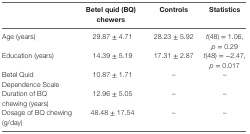
<table><thead><tr><td></td><td><b>Betel quid (BQ) chewers</b></td><td><b>Controls</b></td><td><b>Statistics</b></td></tr></thead><tbody><tr><td>Age (years)</td><td>29.87 ± 4.71</td><td>28.23 ± 5.92</td><td><i>t</i>(48) = 1.06, <i>p</i> = 0.29</td></tr><tr><td>Education (years)</td><td>14.39 ± 5.19</td><td>17.31 ± 2.87</td><td><i>t</i>(48) = −2.47, <i>p</i> = 0.017</td></tr><tr><td>Betel Quid Dependence Scale</td><td>10.87 ± 1.71</td><td>–</td><td>–</td></tr><tr><td>Duration of BQ chewing (years)</td><td>12.96 ± 5.05</td><td>–</td><td>–</td></tr><tr><td>Dosage of BQ chewing (g/day)</td><td>48.48 ± 17.54</td><td>–</td><td>–</td></tr></tbody></table>